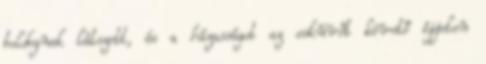
boldognak látszott, és a házasságot az esküvőt követő éjjelen